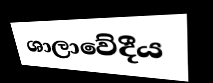
ශාලාවේදීය